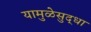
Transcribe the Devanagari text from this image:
यामुळेसुद्धा